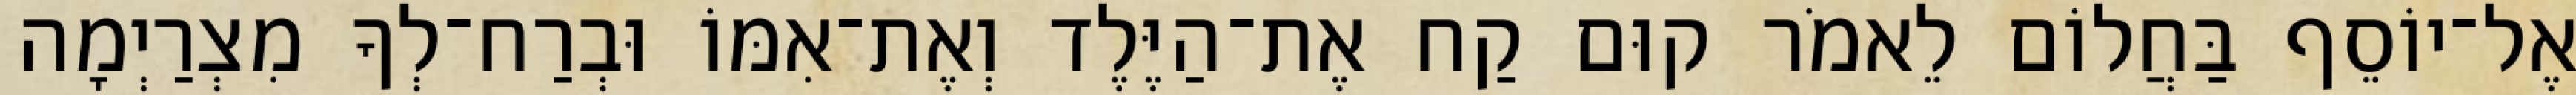
אֶל־יוֹסֵף בַּחֲלוֹם לֵאמֹר קוּם קַח אֶת־הַיֶּלֶד וְאֶת־אִמּוֹ וּבְרַח־לְךָ מִצְרַיְמָה